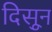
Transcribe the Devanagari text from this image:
दिसुून